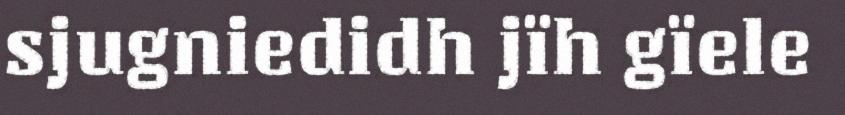
sjugniedidh jïh gïele